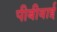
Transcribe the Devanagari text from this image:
पीबीवाई